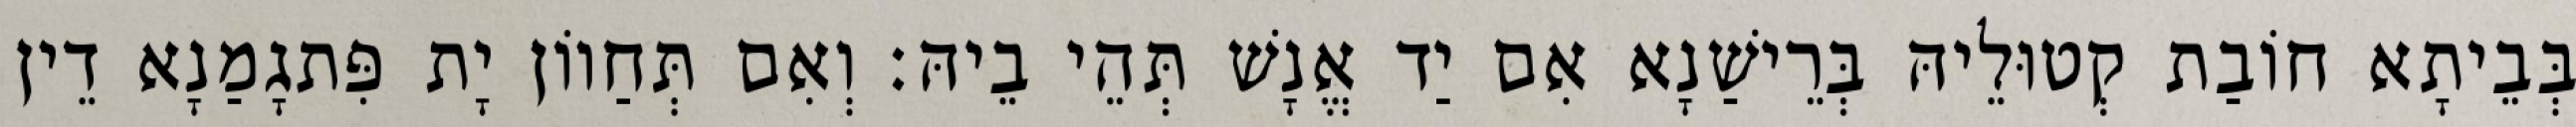
בְּבֵיתָא חוֹבַת קְטוּלֵיהּ בְּרֵישַׁנָא אִם יַד אֱנָשׁ תְּהֵי בֵיהּ׃ וְאִם תְּחַווֹן יָת פִּתגָמַנָא דֵין